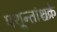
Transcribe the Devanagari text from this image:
पशून्तांश्चक्रे